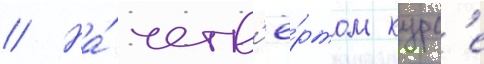
// На́ четв'ё́ртом курс'е